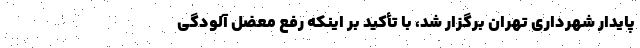
پایدار شهرداری تهران برگزار شد، با تأکید بر اینکه رفع معضل آلودگی